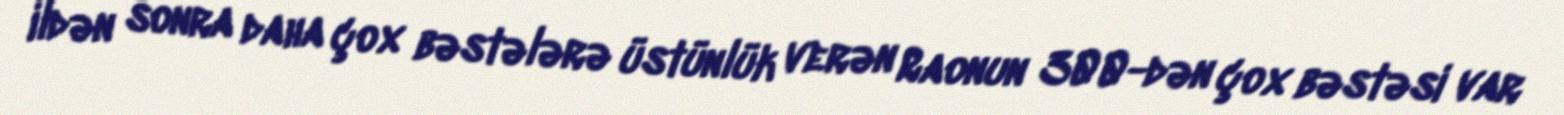
ildən sonra daha çox bəstələrə üstünlük verən Raonun 300-dən çox bəstəsi var